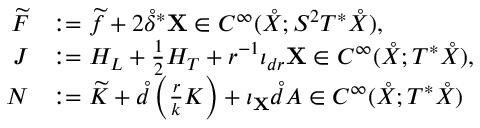
\begin{array} { r l } { \widetilde { F } } & { : = \widetilde { f } + 2 \mathring { \delta } ^ { * } \mathbf { X } \in C ^ { \infty } ( \mathring { X } ; S ^ { 2 } T ^ { * } \mathring { X } ) , } \\ { J } & { : = H _ { L } + \frac { 1 } { 2 } H _ { T } + r ^ { - 1 } \iota _ { d r } \mathbf { X } \in C ^ { \infty } ( \mathring { X } ; T ^ { * } \mathring { X } ) , } \\ { N } & { : = \widetilde { K } + \mathring { d } \left( \frac { r } { k } K \right) + \iota _ { \mathbf { X } } \mathring { d } A \in C ^ { \infty } ( \mathring { X } ; T ^ { * } \mathring { X } ) } \end{array}